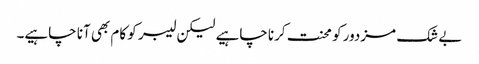
بے شک مزدور کو محنت کرنا چاہیے لیکن لیبر کو کام بھی آنا چاہیے۔